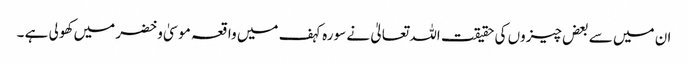
ان میں سے بعض چیزوں کی حقیقت اللہ تعالیٰ نے سورہ کہف میں واقعہ موسیٰ و خضر میں کھولی ہے ۔